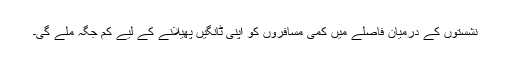
نشستوں کے درمیان فاصلے میں کمی مسافروں کو اپنی ٹانگیں پھیلانے کے لیے کم جگہ ملے گی۔